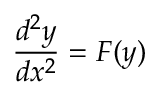
{ \frac { d ^ { 2 } y } { d x ^ { 2 } } } = F ( y ) \,